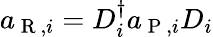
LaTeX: a_{\mathrm{~R~},i}=D_{i}^{\dagger}a_{\mathrm{~P~},i}D_{i}